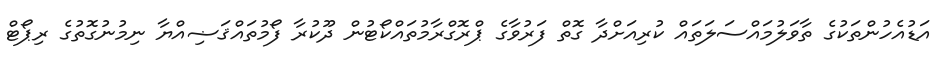
އަޑުއެހުންތަކުގެ ތާވަލުމައްސަލަތައް ކުރިއަށްދާ ގޮތް ފަރުވާގެ ޕްރޮގްރާމުތައްކޯޓުން ދޫކުރާ ފޯމުތައްޤަޟިއްޔާ ނިމުނުގޮތުގެ ރިޕޯޓް